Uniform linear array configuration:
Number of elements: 8
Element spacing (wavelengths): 0.25
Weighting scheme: cosine
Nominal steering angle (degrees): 0
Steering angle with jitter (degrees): -0.9408
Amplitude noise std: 0.05
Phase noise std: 0.05

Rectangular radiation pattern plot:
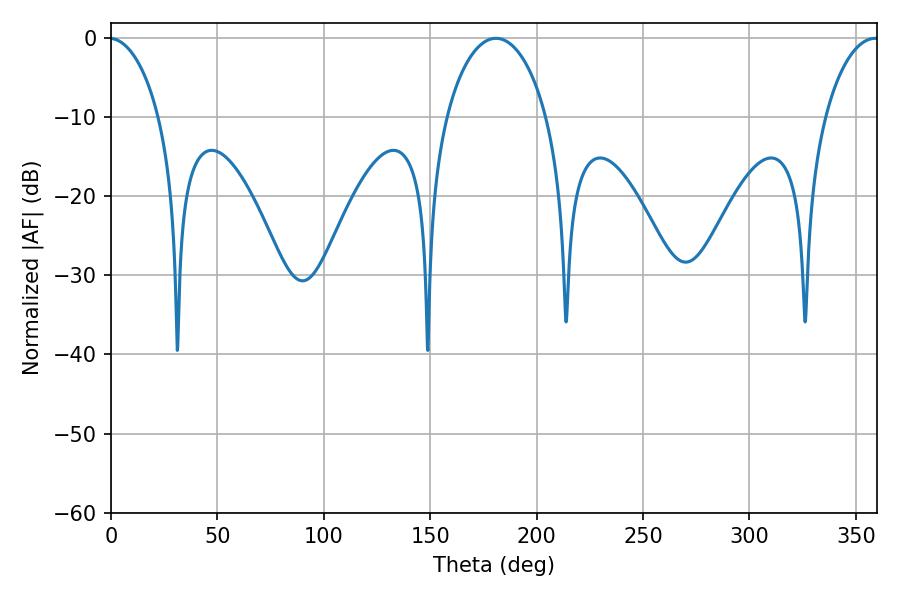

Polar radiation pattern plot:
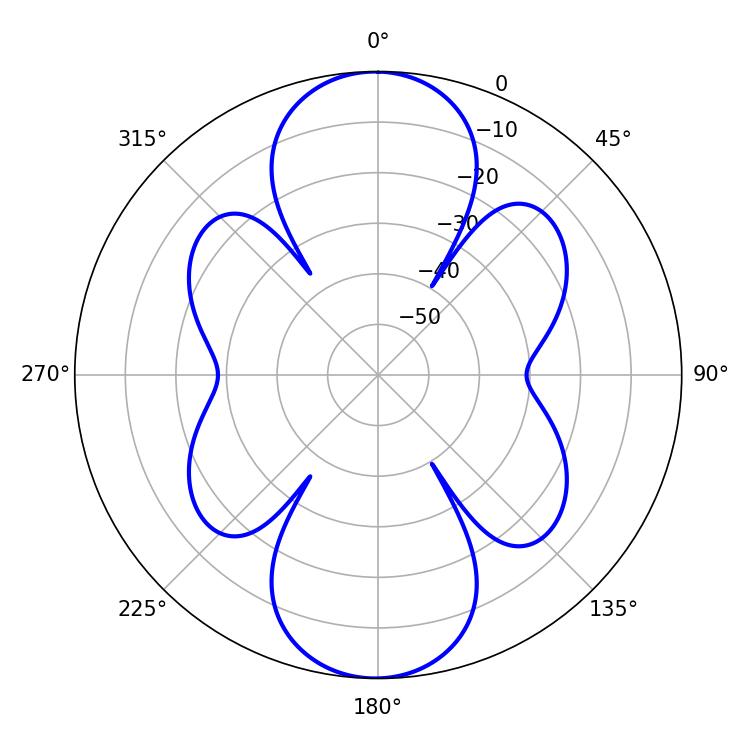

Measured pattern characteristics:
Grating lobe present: FALSE
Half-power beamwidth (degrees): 27
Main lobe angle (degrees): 180.9